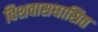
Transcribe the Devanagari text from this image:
विशवासघासित